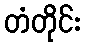
တံတိုင်း